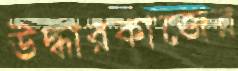
উদ্ধারকাজের